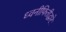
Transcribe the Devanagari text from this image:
ध्वनीफितीद्वारे